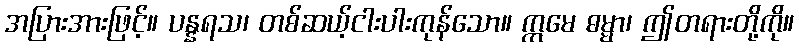
အပြားအားဖြင့်။ ပန္နရသ၊ တစ်ဆယ့်ငါးပါးကုန်သော။ ဣမေ ဓမ္မာ၊ ဤတရားတို့ကို။